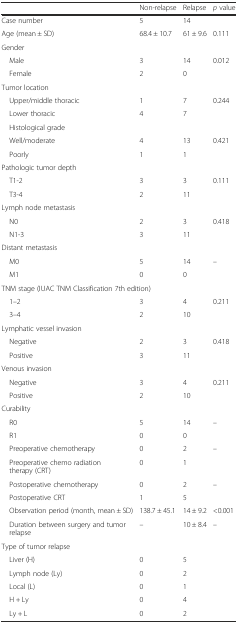
|  | Non-relapse | Relapse | p value |
 | --- | --- | --- | --- |
 | Case number | 5 | 14 |  |
 | Age (mean ± SD) | 68.4 ± 10.7 | 61 ± 9.6 | 0.111 |
 | <COLSPAN=4> Gender |
 | Male | 3 | 14 | 0.012 |
 | Female | 2 | 0 |  |
 | <COLSPAN=4> Tumor location |
 | Upper/middle thoracic | 1 | 7 | 0.244 |
 | Lower thoracic | 4 | 7 |  |
 | Histological grade |  |  |  |
 | Well/moderate | 4 | 13 | 0.421 |
 | Poorly | 1 | 1 |  |
 | <COLSPAN=4> Pathologic tumor depth |
 | T1-2 | 3 | 3 | 0.111 |
 | T3-4 | 2 | 11 |  |
 | <COLSPAN=4> Lymph node metastasis |
 | N0 | 2 | 3 | 0.418 |
 | N1-3 | 3 | 11 |  |
 | <COLSPAN=4> Distant metastasis |
 | M0 | 5 | 14 | – |
 | M1 | 0 | 0 |  |
 | <COLSPAN=4> TNM stage (IUAC TNM Classification 7th edition) |
 | 1–2 | 3 | 4 | 0.211 |
 | 3–4 | 2 | 10 |  |
 | <COLSPAN=4> Lymphatic vessel invasion |
 | Negative | 2 | 3 | 0.418 |
 | Positive | 3 | 11 |  |
 | <COLSPAN=4> Venous invasion |
 | Negative | 3 | 4 | 0.211 |
 | Positive | 2 | 10 |  |
 | <COLSPAN=4> Curability |
 | R0 | 5 | 14 | – |
 | R1 | 0 | 0 |  |
 | Preoperative chemotherapy | 0 | 2 | – |
 | Preoperative chemo radiation therapy (CRT) | 0 | 1 |  |
 | Postoperative chemotherapy | 0 | 2 | – |
 | Postoperative CRT | 1 | 5 |  |
 | Observation period (month, mean ± SD) | 138.7 ± 45.1 | 14 ± 9.2 | <0.001 |
 | Duration between surgery and tumor relapse | – | 10 ± 8.4 | – |
 | <COLSPAN=4> Type of tumor relapse |
 | Liver (H) | 0 | 5 |  |
 | Lymph node (Ly) | 0 | 2 |  |
 | Local (L) | 0 | 1 |  |
 | H + Ly | 0 | 4 |  |
 | Ly + L | 0 | 2 |  |